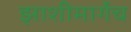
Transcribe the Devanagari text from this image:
झाशीमार्गेच